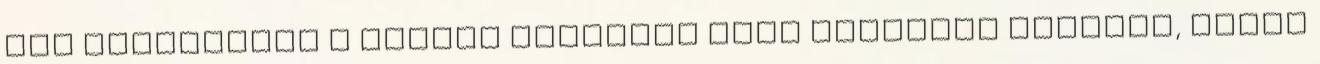
úgy szikrázott a levegő Percekig csak bámulták egymást, aztán